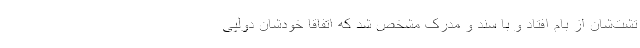
تشت‌شان از بام افتاد و با سند و مدرک مشخص شد که اتفاقاً خودشان دولُپی